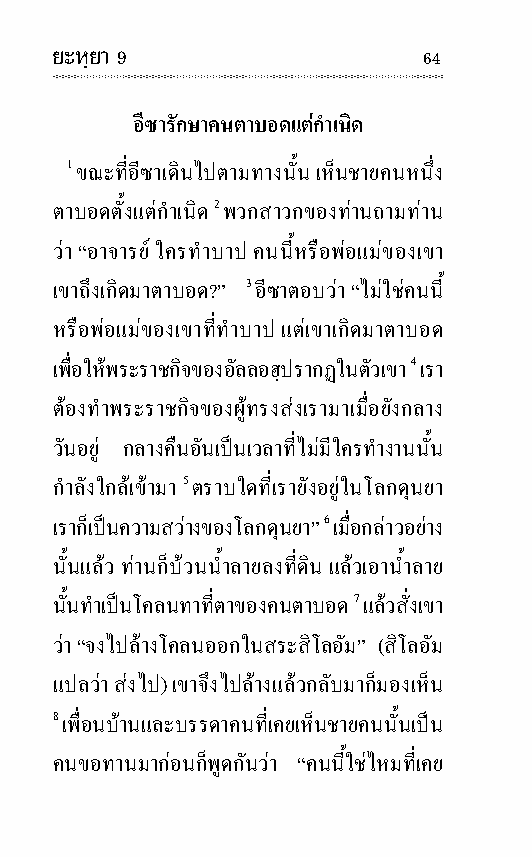
ยะหฺยา 9                 64
 อีซารัก ษาคนตา บอดแตกํา เนิด
 1 ขณะที่อีซาเดินไปตามทางนั้น เห็นชายคนหนึ่ง
 ตา บอดตั้งแตกํา เนิด 2 พวกสา วกของทานถามทาน
 วา “อา จารย ใครทําบาป คน นี้หรือพอแมของเขา
 เขาถึงเกิดมาตา บอด?” 3 อีซาตอบวา “ไม ใชคน นี้
 หรือพอแมของเขาที่ทําบาป แตเขาเกิดมาตา บอด
 เพื่อใหพระ ราช กิจของอัล ลอฮฺปรา กฏในตัวเขา 4 เรา
 ตองทําพระ ราช กิจของผูทรงสงเรามาเมื่อยังกลาง
 วันอยู กลาง คืนอันเปนเวลาที่ไมมีใครทํา งานนั้น
 กํา ลังใกลเขามา 5 ตราบ ใดที่เรายังอยูในโลกดุนยา
 เราก็เปนความสวางของโลกดุนยา” 6 เมื่อกลาวอยาง
 นั้นแลว ทานก็บวนน้ํา ลายลงที่ดิน แลวเอาน้ํา ลาย
 นั้นทําเปนโคลนทาที่ตาของคน ตา บอด 7 แลวสั่งเขา
 วา “จงไปลางโคลนออกในสระสิ โล อัม” (สิ โล อัม
 แปล วา สงไป) เขาจึงไปลางแลวกลับมาก็มองเห็น
 8 เพื่อน บานและบรร ดาคนที่เคยเห็นชายคน นั้นเปน
 คนขอ ทานมากอนก็พูดกันวา “คน นี้ใชไหมที่ เคย